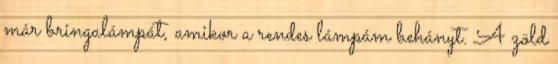
már bringalámpát, amikor a rendes lámpám behányt. A zöld